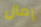
رمال